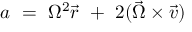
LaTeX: a \ = \ \Omega ^ { 2 } { \vec { r } } \ + \ 2 ( { \vec { \Omega } } \times { \vec { v } } )